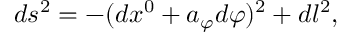
d s ^ { 2 } = - ( d x ^ { 0 } + a _ { \varphi } d \varphi ) ^ { 2 } + d l ^ { 2 } ,